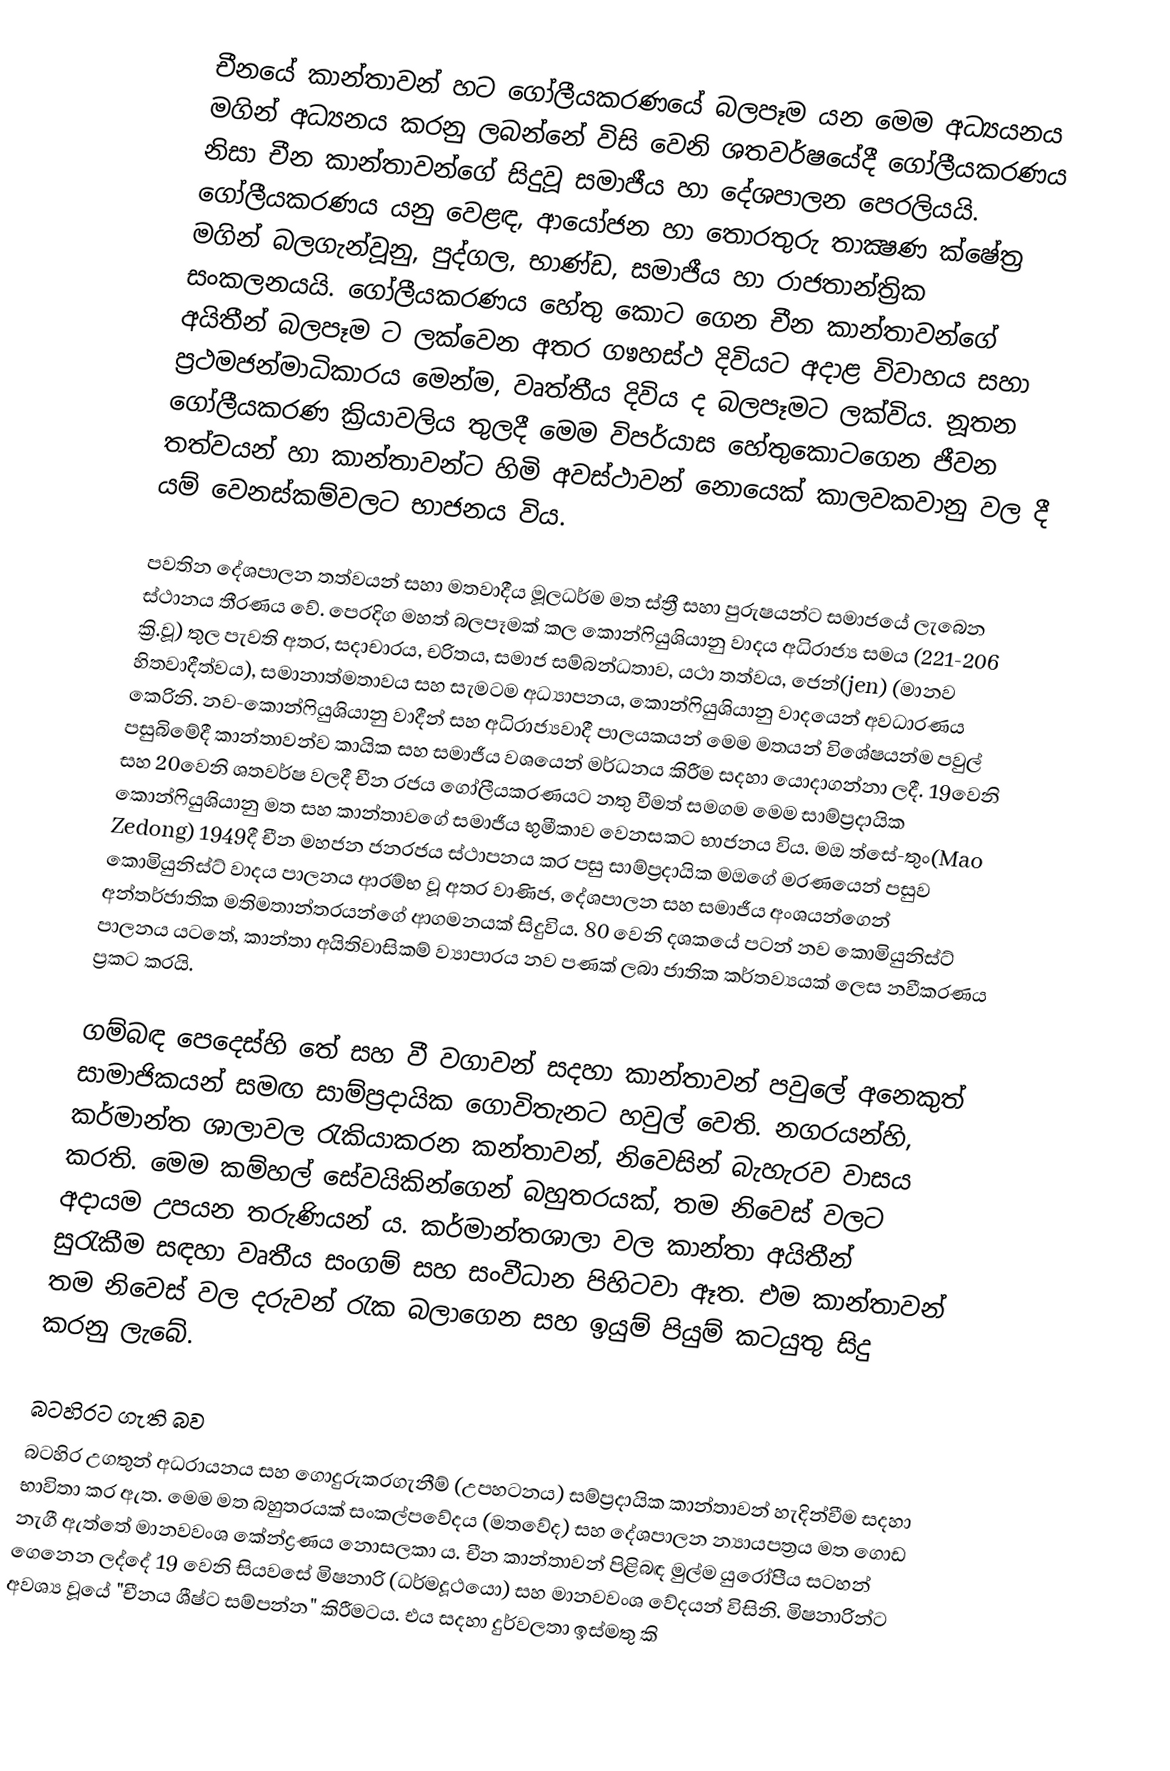
චීනයේ කාන්තාවන් හට ගෝලීයකරණයේ බලපෑම යන මෙම අධ්‍යයනය මගින් අධ්‍යනය කරනු ලබන්නේ විසි වෙනි ශතවර්ෂයේදී ගෝලීයකරණය නිසා චීන කාන්තාවන්ගේ සිදුවූ සමාජීය හා දේශපාලන පෙරලියයි. ගෝලීයකරණය යනු වෙළඳ, ආයෝජන හා තොරතුරු තාක්‍ෂණ  ක්ෂේත්‍ර මගින් බලගැන්වූනු, පුද්ගල, භාණ්ඩ, සමාජීය හා රාජතාන්ත්‍රික සංකලනයයි. ගෝලීයකරණය හේතු කොට ගෙන චීන කාන්තාවන්ගේ අයිතීන් බලපෑම ට ලක්වෙන අතර ගෳහස්ථ දිවියට අදාළ විවාහය සහා ප්‍රථමජන්මාධිකාරය මෙන්ම, වෘත්තීය දිවිය ද බලපෑමට ලක්විය. නූතන ගෝලීයකරණ ක්‍රියාවලිය තුලදී මෙම විපර්යාස හේතුකොටගෙන ජීවන තත්වයන් හා කාන්තාවන්ට හිමි අවස්ථාවන් නොයෙක් කාලවකවානු වල දී යම් වෙනස්කම්වලට භාජනය විය.

පවතින දේශපාලන තත්වයන් සහා මතවාදීය මූලධර්ම මත ස්ත්‍රී සහා පුරුෂයන්ට සමාජයේ ලැබෙන ස්ථානය තීරණය වේ. පෙරදිග මහත් බලපෑමක් කල කොන්ෆියුශියානු වාදය අධිරාජ්‍ය සමය (221-206 ක්‍රි.වූ) තුල පැවති අතර, සදාචාරය, චරිතය, සමාජ සම්බන්ධතාව, යථා තත්වය, ජෙන්(jen) (මානව හිතවාදීත්වය), සමානාත්මතාවය සහ සැමටම අධ්‍යාපනය, කොන්ෆියුශියානු වාදයෙන් අවධාරණය කෙරිනි. නව-කොන්ෆියුශියානු වාදීන් සහ අධිරාජ්‍යවාදී පාලයකයන් මෙම මතයන් විශේෂයන්ම පවුල් පසුබිමේදී කාන්තාවන්ව කායික සහ සමාජීය වශයෙන් මර්ධනය කිරීම සදහා යොදාගන්නා ලදී. 19වෙනි සහ 20වෙනි ශතවර්ෂ වලදී චීන රජය ගෝලීයකරණයට නතු වීමත් සමගම මෙම සාම්ප්‍රදායික කොන්ෆියුශියානු මත සහ කාන්තාවගේ සමාජීය භුමීකාව වෙනසකට භාජනය විය. මඔ ත්සේ-තුං(Mao Zedong) 1949දී චීන මහජන ජනරජය ස්ථාපනය කර පසු සාම්ප්‍රදායික මඔගේ මරණයෙන් පසුව කොමියුනිස්ට් වාදය පාලනය ආරම්භ වූ අතර වාණිජ, දේශපාලන සහ සමාජීය අංශයන්ගෙන් අන්තර්ජාතික මතිමතාන්තරයන්ගේ ආගමනයක් සිදුවිය. 80 වෙනි දශකයේ පටන් නව කොමියුනිස්ට් පාලනය යටතේ, කාන්තා අයිතිවාසිකම් ව්‍යාපාරය නව පණක් ලබා ජාතික කර්තව්‍යයක් ලෙස නවීකරණය ප්‍රකට කරයි.

ගම්බඳ පෙදෙස්හි තේ සහ වී වගාවන් සදහා කාන්තාවන් පවුලේ අනෙකුත් සාමාජිකයන් සමඟ සාම්ප්‍රදායික ගොවිතැනට හවුල් වෙති. නගරයන්හි, කර්මාන්ත ශාලාවල රැකියාකරන කන්තාවන්, නිවෙසින් බැහැරව වාසය කරති. මෙම කම්හල් සේවයිකින්ගෙන් බහුතරයක්, තම නිවෙස් වලට අදායම උපයන තරුණියන් ය. කර්මාන්තශාලා වල කාන්තා අයිතීන් සුරැකීම සඳහා වෘතීය සංගම් සහ සංවීධාන පිහිටවා ඈත. එම කාන්තාවන් තම නිවෙස් වල දරුවන් රැක බලාගෙන සහ ඉයුම් පියුම් කටයුතු සිදු කරනු ලැබේ.

බටහිරට ගැති බව
බටහිර උගතුන් අධරායනය සහ ගොදුරුකරගැනීම් (උපහටනය) සම්ප්‍රදායික කාන්තාවන් හැදින්වීම සදහා භාවිතා කර ඇත. මෙම මත බහුතරයක් සංකල්පවේදය (මතවේද) සහ දේශපාලන න්‍යායපත්‍රය මත ගොඩ නැගී ඇත්තේ මානවවංශ කේන්ද්‍රණය  නොසලකා ය. චීන කාන්තාවන් පිළිබඳ මුල්ම යුරෝපීය සටහන් ගෙනෙන ලද්දේ 19 වෙනි සියවසේ මිෂනාරි (ධර්මදූථයො) සහ මානවවංශ වේදයන්  විසිනි. මිෂනාරින්ට අවශ්‍ය වූයේ "චීනය ශීෂ්ට සම්පන්න" කිරීමටය. එය සදහා දුර්වලතා ඉස්මතු කි